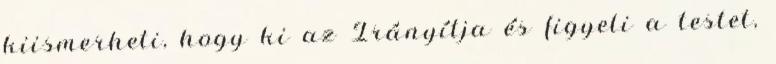
kiismerheti, hogy ki az Irányítja és figyeli a testet,